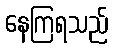
နေကြရသည်